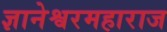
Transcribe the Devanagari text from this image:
ज्ञानेश्वरमहाराज